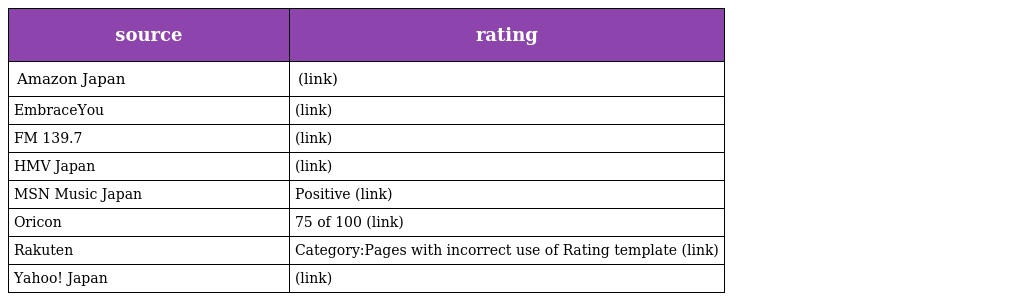
| source | rating |
 | --- | --- |
 | Amazon Japan | (link) |
 | EmbraceYou | (link) |
 | FM 139.7 | (link) |
 | HMV Japan | (link) |
 | MSN Music Japan | Positive (link) |
 | Oricon | 75 of 100 (link) |
 | Rakuten | Category:Pages with incorrect use of Rating template (link) |
 | Yahoo! Japan | (link) |